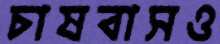
চাষবাসও